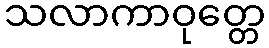
သလာကာဝုတ္တေ